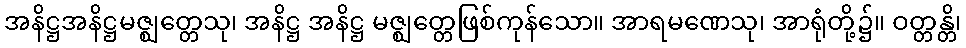
အနိဋ္ဌအနိဋ္ဌမဇ္ဈတ္တေသု၊ အနိဋ္ဌ အနိဋ္ဌ မဇ္ဈတ္တေဖြစ်ကုန်သော။ အာရမဏေသု၊ အာရုံတို့၌။ ဝတ္တန္တိ၊